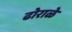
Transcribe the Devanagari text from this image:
ढोराळे